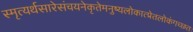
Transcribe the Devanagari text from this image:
स्मृत्यर्थसारेसंचयनेकृतेमनुष्यलोकात्प्रेतलोकंगच्छतः